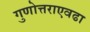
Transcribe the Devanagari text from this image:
गुणोत्तराएवढा